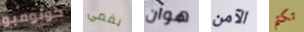
كولومبو بفمي هوان الآمن تكتم